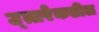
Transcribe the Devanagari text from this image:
उ्त्तरेकडील